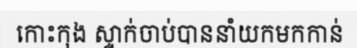
កោះកុង ស្ទាក់ចាប់បាននាំយកមកកាន់